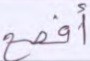
أفصح